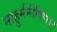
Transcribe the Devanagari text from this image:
माहुर्मनीषिण।।